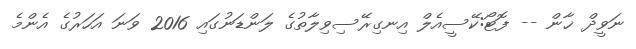
ނަވީދް ޚާން -- ފޮޓޯ:ކޭސީއެލް އިނގިރޭސިވިލާތުގެ ލަންޑަނުގައި 2016 ވަނަ އަހަރުގެ އެންމެ